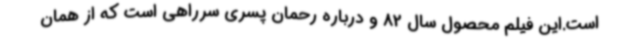
است.این فیلم محصول سال 82 و درباره رحمان پسری سرراهی است که از همان